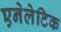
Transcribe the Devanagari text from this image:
एनेलेटिक